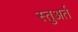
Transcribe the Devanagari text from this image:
स्तुअर्त